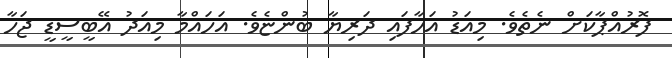
ފޮރުއްޕާކަށް ނެތެވެ. މިއަޑު އަހާފައި ދަރިޔާ ބުންޏެވެ. އަހައްމާ މިއަދު އޭބީސީޑީ ޖަހާ